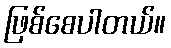
ဖြစ်စေပါတယ်။